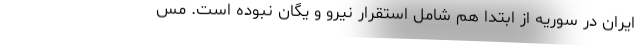
ایران در سوریه از ابتدا هم شامل استقرار نیرو و یگان نبوده است. مس